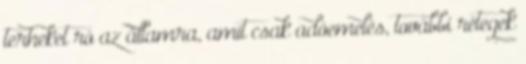
terheket ró az államra, amit csak adóemelés, további rétegek